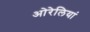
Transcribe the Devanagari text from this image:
ओरेलियां